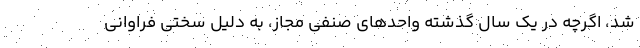
شد، اگرچه در یک سال گذشته واحد‌های صنفی مجاز، به دلیل سختی فراوانی